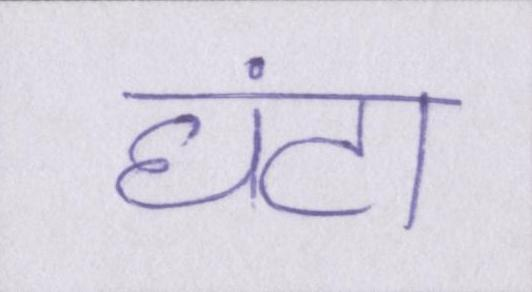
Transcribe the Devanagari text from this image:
घंटा